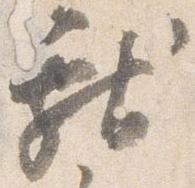
献